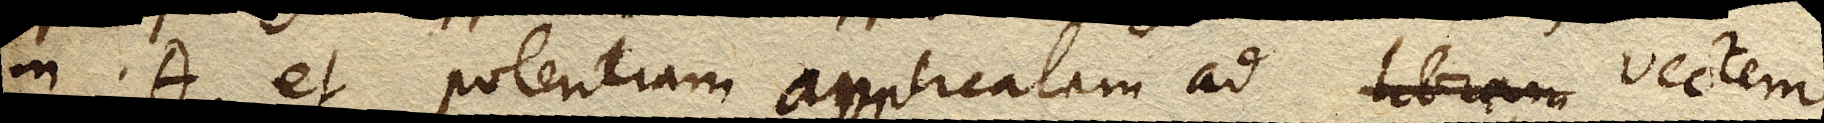
in θ et potentiam applicatam ad libram vectem